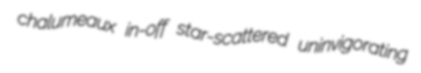
chalumeaux in-off star-scattered uninvigorating